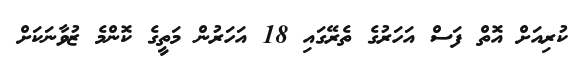
ކުރިއަށް އޮތް ފަސް އަހަރުގެ ތެރޭގައި 18 އަހަރުން މަތީގެ ކޮންމެ ޒުވާނަކަށް